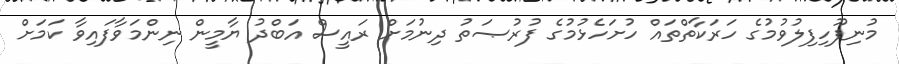
މުނިފޫހިފިލުވުމުގެ ހަރަކާތްތައް ހުށަހެޅުމުގެ ފުރުޞަތު ދިނުމަށް ރައީސް އަބްދު ޔާމީން ނިންމަވާފައިވާ ކަމަށް